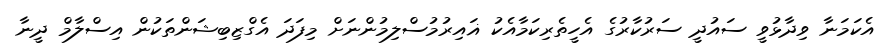
އެކަމަނާ ވިދާޅުވީ ސައުދީ ސަރުކާރުގެ އެހީތެރިކަމާއެކު ޣައިރުމުސްލިމުންނަށް މިފަދަ އެގްޒިބިޝަންތަކުން އިސްލާމް ދީނާ